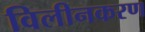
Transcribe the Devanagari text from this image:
विलीनकरण